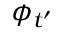
\phi _ { t ^ { \prime } }